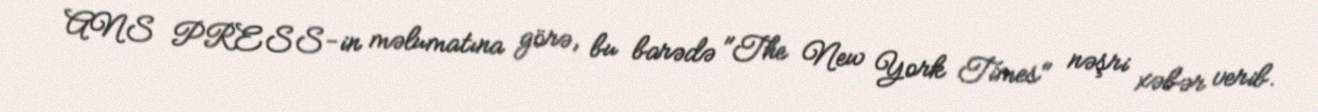
ANS PRESS-in məlumatına görə, bu barədə "The New York Times" nəşri xəbər verib.